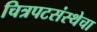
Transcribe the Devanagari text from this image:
चित्रपटसंस्थेचा